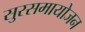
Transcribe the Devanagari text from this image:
सुरसमायोजन